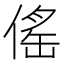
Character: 傜